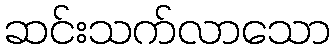
ဆင်းသက်လာသော